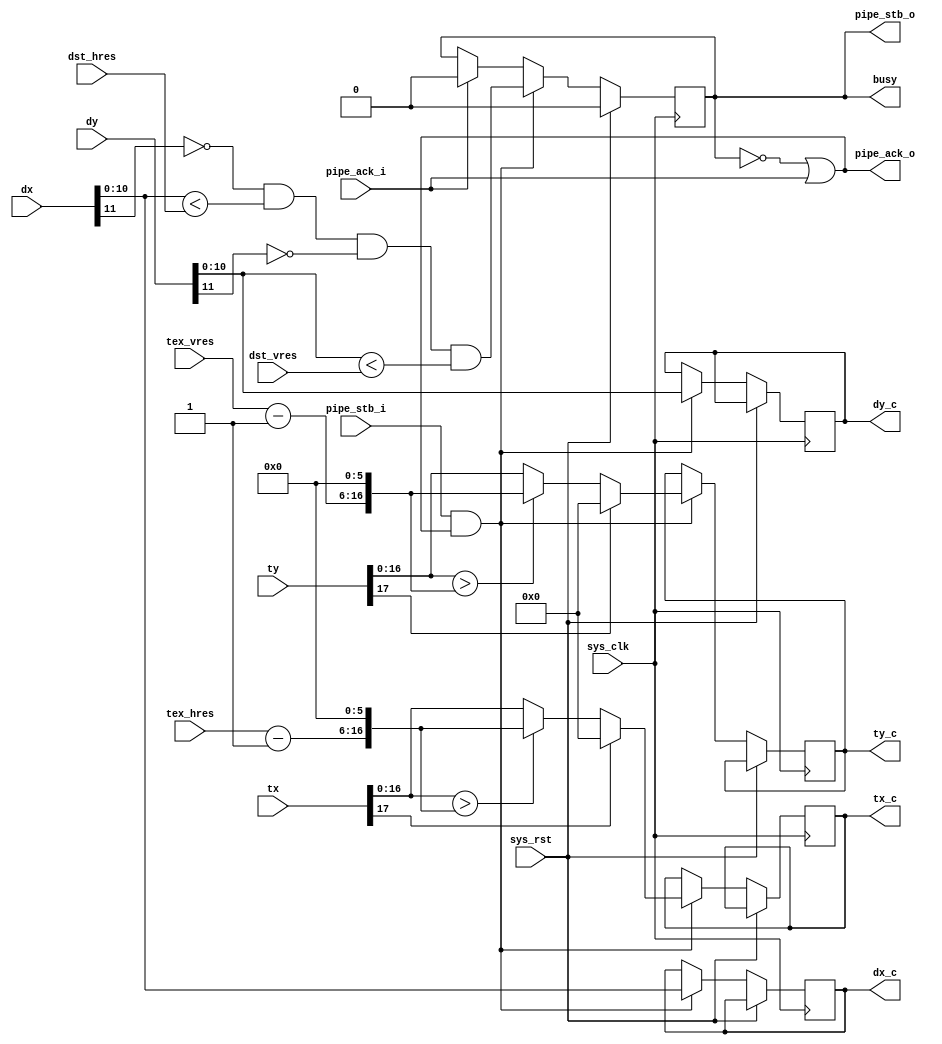
module tmu2_clamp(
	input sys_clk,
	input sys_rst,

	output busy,

	input pipe_stb_i,
	output pipe_ack_o,
	input signed [11:0] dx,
	input signed [11:0] dy,
	input signed [17:0] tx,
	input signed [17:0] ty,

	input [10:0] tex_hres,
	input [10:0] tex_vres,
	input [10:0] dst_hres,
	input [10:0] dst_vres,

	output reg pipe_stb_o,
	input pipe_ack_i,
	output reg [10:0] dx_c,
	output reg [10:0] dy_c,
	output reg [16:0] tx_c,
	output reg [16:0] ty_c
);

always @(posedge sys_clk) begin
	if(sys_rst)
		pipe_stb_o <= 1'b0;
	else begin
		if(pipe_ack_i)
			pipe_stb_o <= 1'b0;
		if(pipe_stb_i & pipe_ack_o) begin
			pipe_stb_o <= (~dx[11]) && (dx[10:0] < dst_hres)
				&& (~dy[11]) && (dy[10:0] < dst_vres);
			dx_c <= dx[10:0];
			dy_c <= dy[10:0];
			if(tx[17])
				tx_c <= 17'd0;
			else if(tx[16:0] > {tex_hres - 11'd1, 6'd0})
				tx_c <= {tex_hres - 11'd1, 6'd0};
			else
				tx_c <= tx[16:0];
			if(ty[17])
				ty_c <= 17'd0;
			else if(ty[16:0] > {tex_vres - 11'd1, 6'd0})
				ty_c <= {tex_vres - 11'd1, 6'd0};
			else
				ty_c <= ty[16:0];
		end
	end
end

assign pipe_ack_o = ~pipe_stb_o | pipe_ack_i;

assign busy = pipe_stb_o;

endmodule